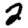
Digit: 2